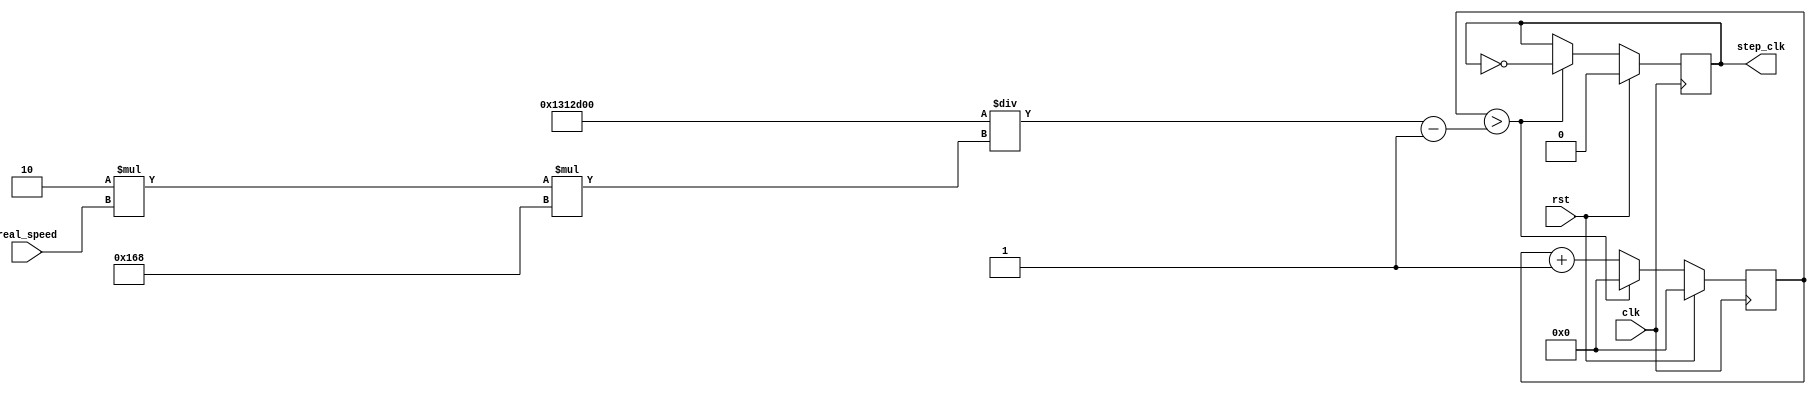
`timescale 1ns/10ps

module Real_Speed_to_step_clk_Frequency(clk,rst,real_speed,step_clk);

	parameter STEPS_PER_ROUND = 360;
	parameter CLK_FREQUENCY = 20_000_000; //Chip's native frequency
	input [31:0] real_speed; //in rotations per second of the motor
	input clk,rst;

	output step_clk;

	reg step_clk;
	wire [31:0] total_count; 
	reg [31:0] counter;

	assign total_count = CLK_FREQUENCY/(2*real_speed*STEPS_PER_ROUND);

	always @ (posedge clk) begin
		if (rst==1) begin
			counter = 31'b0;
			step_clk = 1'b0;
		end
		else
			if (counter > total_count-1) begin
				step_clk = !step_clk;
				counter = 0;
			end
			else begin
				counter = counter +1;
			end
	end//always
endmodule